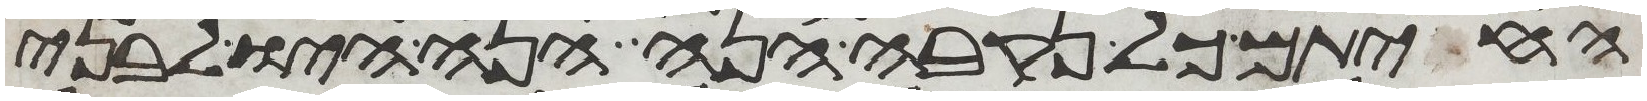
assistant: החיתם כל נקבה הנה הנה היו לבני